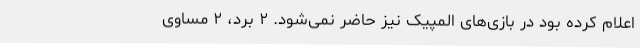
اعلام کرده بود در بازی‌های المپیک نیز حاضر نمی‌شود. ۲ برد، ۲ مساوی